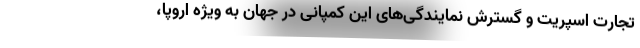
تجارت اسپریت و گسترش نمایندگی‌های این کمپانی در جهان به ویژه اروپا،